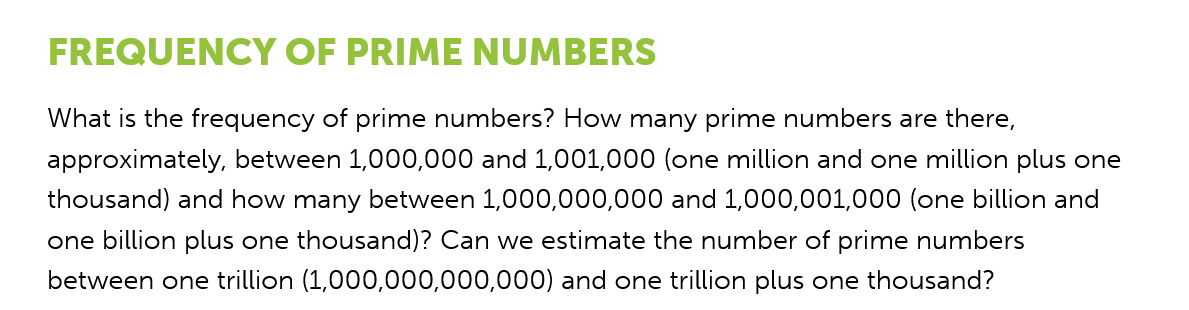
FREQUENCY    OF    PRIME    NUMBERS
    What is the frequency of prime numbers? How many prime numbers are there,
    approximately, between 1,000,000 and 1,001,000 (one million and one million plus one
    thousand) and how many between 1,000,000,000 and 1,000,001,000 (one billion and
    one billion plus one thousand)? Can we estimate the number of prime numbers
    between one trillion (1,000,000,000,000) and one trillion plus one thousand?